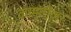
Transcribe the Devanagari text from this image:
कामतीकर